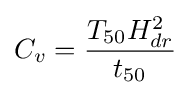
C_{v}={\frac {T_{50}H_{dr}^{2}}{t_{50}}}